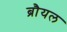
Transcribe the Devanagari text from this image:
ब्रौयल